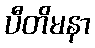
ပီတိမနာ